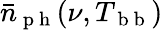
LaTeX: \bar{n}_{\mathrm{~p~h~}}(\nu,T_{\mathrm{~b~b~}})